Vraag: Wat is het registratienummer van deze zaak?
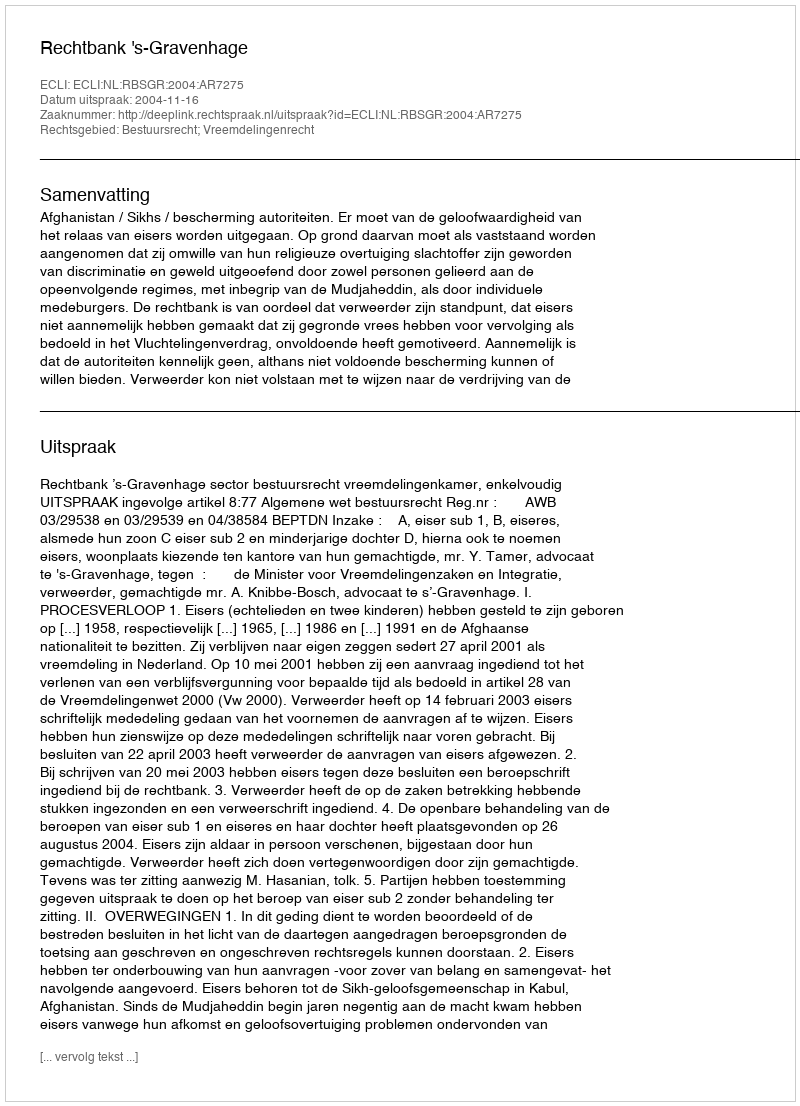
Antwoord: http://deeplink.rechtspraak.nl/uitspraak?id=ECLI:NL:RBSGR:2004:AR7275